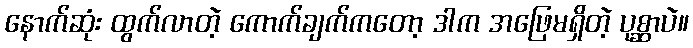
နောက်ဆုံး ထွက်လာတဲ့ ကောက်ချက်ကတော့ ဒါက အဖြေမရှိတဲ့ ပုစ္ဆာပဲ။